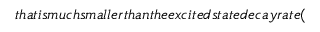
t h a t i s m u c h s m a l l e r t h a n t h e e x c i t e d s t a t e d e c a y r a t e (